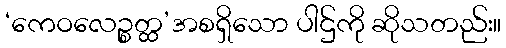
‘ကေဝလေဉ္စတ္ထ’အစရှိသော ပါဌ်ကို ဆိုသတည်း။